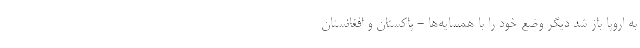
به اروپا باز شد دیگر وضع خود را با همسایه‌ها - پاکستان و افغانستان